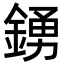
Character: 𮢛